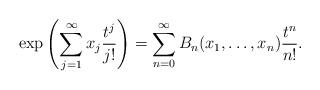
LaTeX: \begin{align*} \exp\left(\sum_{j=1}^{\infty}x_{j}\frac{t^{j}}{j!}\right)= \sum_{n=0}^{\infty}B_{n}(x_{1}, \ldots, x_{n})\frac{t^{n}}{n!}. \end{align*}